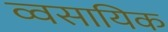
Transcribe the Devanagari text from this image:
व्वसायिक